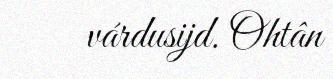
várdusijd. Ohtân